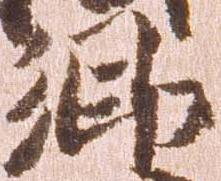
郷